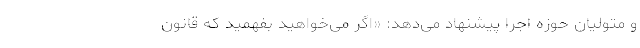
و متولیان حوزه اجرا پیشنهاد می‌دهد: «اگر می‌خواهید بفهمید که قانون